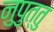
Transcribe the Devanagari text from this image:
नुपुत्तु